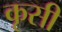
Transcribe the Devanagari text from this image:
कृसी